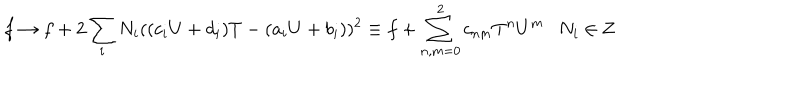
f \rightarrow f + 2 \sum _ { i } N _ { i } ( ( c _ { i } U + d _ { i } ) T - ( a _ { i } U + b _ { i } ) ) ^ { 2 } \equiv f + \sum _ { n , m = 0 } ^ { 2 } c _ { n m } T ^ { n } U ^ { m } N _ { i } \in { \bf Z }